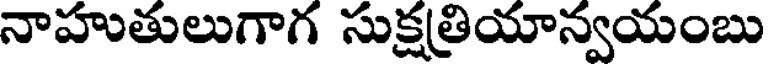
నాహుతులుగాగ సుక్షత్రియాన్వయంబు